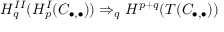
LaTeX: H _ { q } ^ { I I } ( H _ { p } ^ { I } ( C _ { \bullet , \bullet } ) ) \Rightarrow _ { q } H ^ { p + q } ( T ( C _ { \bullet , \bullet } ) )